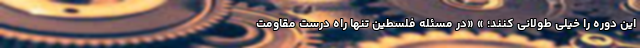
این دوره را خیلی طولانی کنند؛‌ » «در مسئله فلسطین تنها راه درست مقاومت